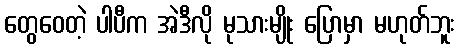
တွေဝေတဲ့ ပါပီက အဲဒီလို မုသားမျိုး ပြောမှာ မဟုတ်ဘူး